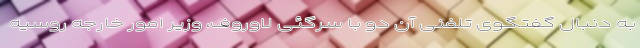
به دنبال گفتگوی تلفنی آن دو با سرگئی لاوروف، وزیر امور خارجه روسیه